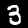
Digit: 3